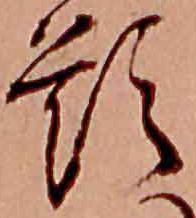
題